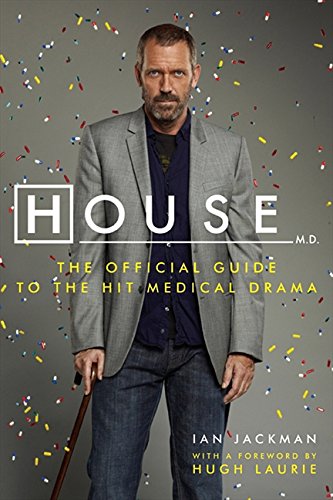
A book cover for House, M.D.: The Official Guide to the Hit Medical Drama; Ian Jackman; Humor & Entertainment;